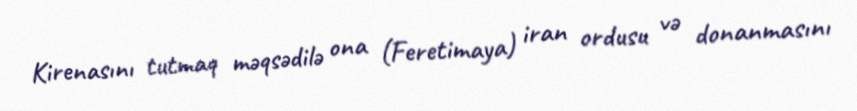
Kirenasını tutmaq məqsədilə ona (Feretimaya) iran ordusu və donanmasını